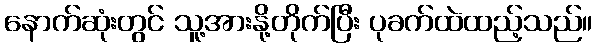
နောက်ဆုံးတွင် သူ့အားနို့တိုက်ပြီး ပုခက်ထဲထည့်သည်။